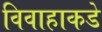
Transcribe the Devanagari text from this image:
विवाहाकडे